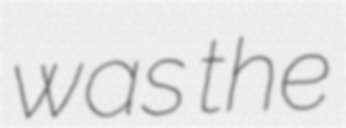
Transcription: was the